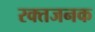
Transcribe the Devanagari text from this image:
रक्तजनक